Annual report on the health of the army in India
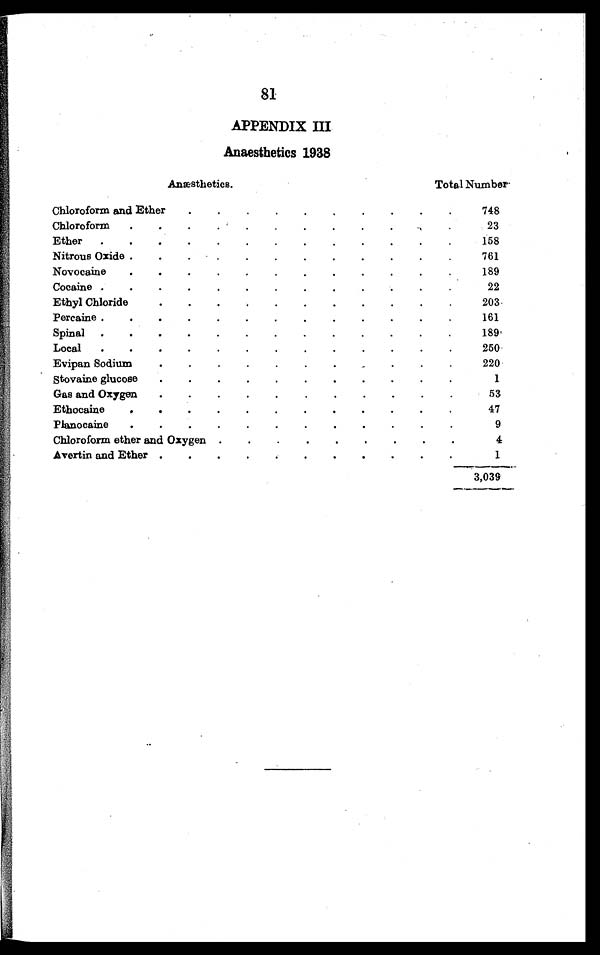
81
APPENDIX III
Anaesthetics 1938
Anæsthetics.
Total Number.
Chloroform and Ether . . .
748
Chloroform . . .
23
Ether . . .
158
Nitrous Oxide . . .
761
Novocaine . . .
189
Cocaine . . .
22
Ethyl Chloride . . .
2 0 3
Percaine . . .
161
Spinal . . .
189
Local . . .
250
Evipan Sodium . . .
220
Stovaine glucose . . .
1
Gas and Oxygen . . .
53
Ethocaine . . .
47
Planocaine . . .
9
Chloroform ether and Oxygen . . .
4
Avertin and Ether . . .
1
3,039